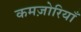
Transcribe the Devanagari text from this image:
कमज़ोरियाँ